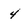
Character: 4